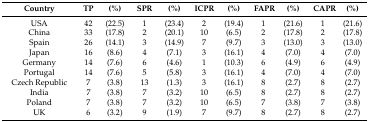
<table><thead><tr><td><b>Country</b></td><td><b>TP</b></td><td><b>(%)</b></td><td><b>SPR</b></td><td><b>(%)</b></td><td><b>ICPR</b></td><td><b>(%)</b></td><td><b>FAPR</b></td><td><b>(%)</b></td><td><b>CAPR</b></td><td><b>(%)</b></td></tr></thead><tbody><tr><td>USA</td><td>42</td><td>(22.5)</td><td>1</td><td>(23.4)</td><td>2</td><td>(19.4)</td><td>1</td><td>(21.6)</td><td>1</td><td>(21.6)</td></tr><tr><td>China</td><td>33</td><td>(17.8)</td><td>2</td><td>(20.1)</td><td>10</td><td>(6.5)</td><td>2</td><td>(17.8)</td><td>2</td><td>(17.8)</td></tr><tr><td>Spain</td><td>26</td><td>(14.1)</td><td>3</td><td>(14.9)</td><td>7</td><td>(9.7)</td><td>3</td><td>(13.0)</td><td>3</td><td>(13.0)</td></tr><tr><td>Japan</td><td>16</td><td>(8.6)</td><td>4</td><td>(7.1)</td><td>3</td><td>(16.1)</td><td>4</td><td>(7.0)</td><td>4</td><td>(7.0)</td></tr><tr><td>Germany</td><td>14</td><td>(7.6)</td><td>6</td><td>(4.6)</td><td>1</td><td>(10.3)</td><td>6</td><td>(4.9)</td><td>6</td><td>(4.9)</td></tr><tr><td>Portugal</td><td>14</td><td>(7.6)</td><td>5</td><td>(5.8)</td><td>3</td><td>(16.1)</td><td>4</td><td>(7.0)</td><td>4</td><td>(7.0)</td></tr><tr><td>Czech Republic</td><td>7</td><td>(3.8)</td><td>13</td><td>(1.3)</td><td>3</td><td>(16.1)</td><td>8</td><td>(2.7)</td><td>8</td><td>(2.7)</td></tr><tr><td>India</td><td>7</td><td>(3.8)</td><td>7</td><td>(3.2)</td><td>10</td><td>(6.5)</td><td>8</td><td>(2.7)</td><td>8</td><td>(2.7)</td></tr><tr><td>Poland</td><td>7</td><td>(3.8)</td><td>7</td><td>(3.2)</td><td>10</td><td>(6.5)</td><td>7</td><td>(3.8)</td><td>7</td><td>(3.8)</td></tr><tr><td>UK</td><td>6</td><td>(3.2)</td><td>9</td><td>(1.9)</td><td>7</td><td>(9.7)</td><td>8</td><td>(2.7)</td><td>8</td><td>(2.7)</td></tr></tbody></table>